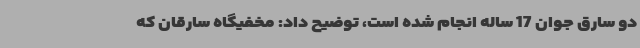
دو سارق جوان 17 ساله انجام شده است، توضیح داد: مخفیگاه سارقان که